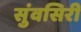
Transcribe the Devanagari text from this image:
सुंवसिरी